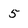
Character: 5